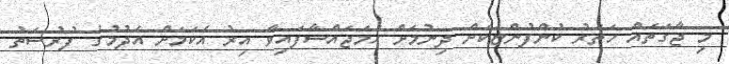
މި ޖާގަތައް ހަތަރު ކުންފުންޏަކަށް ދިނުމަށް ހަމަޖައްސާފައިވާ އިރު އެކަމަށް އެދުމުގެ ފުރުސަތު